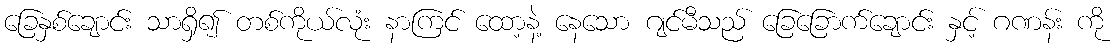
ခြေနှစ်ချောင်း သာရှိ၍ တစ်ကိုယ်လုံး နာကြင် ထော့နဲ့ နေသော ဂျင်မီသည် ခြေခြောက်ချောင်း နှင့် ဂဏန်း ကို